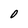
Character: O